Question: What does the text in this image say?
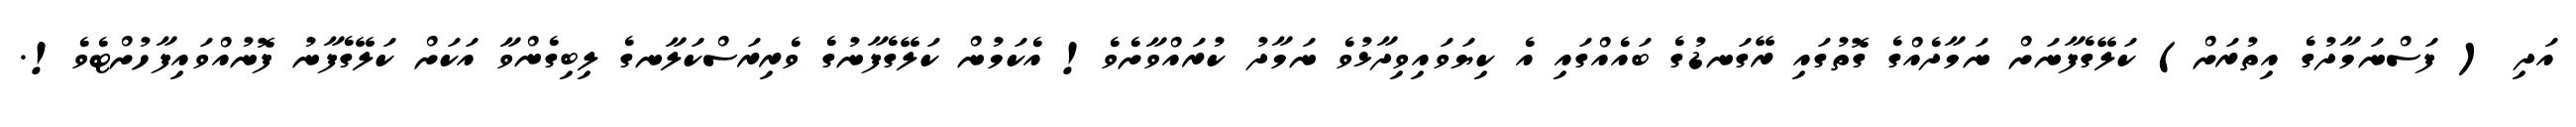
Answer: އަދި ( ފަސްނަމާދުގެ އިތުރަށް) ކަލޭގެފާނަށް ނަމާދެއްގެ ގޮތުގައި ރޭގަނޑުގެ ބައެއްގައި އެ ކިޔަވައިވިދާޅުވެ ނަމާދު ކުރައްވާށެވެ! އެކަމުން ކަލޭގެފާނުގެ ވެރިރަސްކަލާނގެ ލިބިގެންވާ އަކަށް ކަލޭގެފާނު ފޮނުއްވައިފާހުށްޓެވެ!.